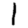
Digit: 1